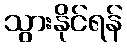
သွားနိုင်ရန်